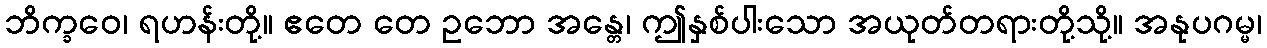
ဘိက္ခဝေ၊ ရဟန်းတို့။ ဧတေ တေ ဥဘော အန္တေ၊ ဤနှစ်ပါးသော အယုတ်တရားတို့သို့။ အနုပဂမ္မ၊